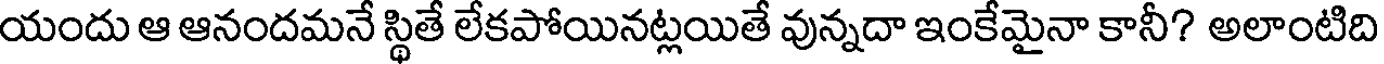
యందు ఆ ఆనందమనే స్థితే లేకపోయినట్లయితే వున్నదా ఇంకేమైనా కానీ? అలాంటిది